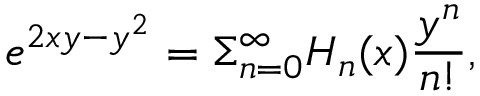
e ^ { 2 x y - y ^ { 2 } } = \Sigma _ { n = 0 } ^ { \infty } H _ { n } ( x ) \frac { y ^ { n } } { n ! } ,